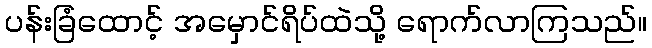
ပန်းခြံထောင့် အမှောင်ရိပ်ထဲသို့ ရောက်လာကြသည်။